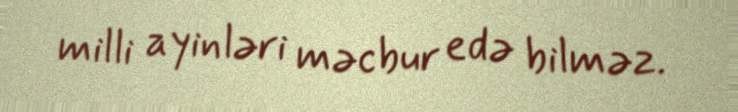
milli ayinləri məcbur edə bilməz.